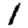
Digit: 1